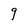
Character: g